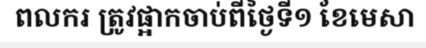
ពលករ ត្រូវផ្អាកចាប់ពីថ្ងៃទី១ ខែមេសា